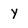
Character: Y